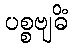
ပစ္စဗျဓိံ